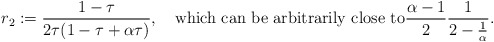
\begin{align*} r_2 :=\frac{1-\tau}{2 \tau (1 - \tau + \alpha\tau ) }, \quad\mbox{which can be arbitrarily close to} \frac{\alpha-1}{2} \frac{1}{2 - \frac{1}{\alpha}}.\end{align*}